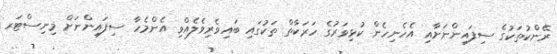
ރޭންކުތަކުގެ ސިފައިންނަށާއި އެހެނިހެން ކުޅިވަރުގެ ހަރަކާތް ތަކުގައި ބައިވެރިވެލެއްވި އެންމެހާ ސިފައިންނަށް މިނިސްޓަރ